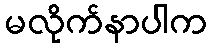
မလိုက်နာပါက